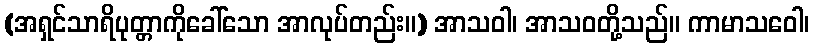
(အရှင်သာရိပုတ္တာကိုခေါ်သော အာလုပ်တည်း။) အာသဝါ၊ အာသဝတို့သည်။ ကာမာသဝေါ၊